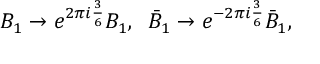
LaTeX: B _ { 1 } \to e ^ { 2 \pi i \frac { 3 } { 6 } } B _ { 1 } , \; \; \bar { B } _ { 1 } \to e ^ { - 2 \pi i \frac { 3 } { 6 } } \bar { B } _ { 1 } ,